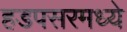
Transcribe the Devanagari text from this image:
हडपसरमध्ये